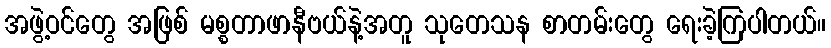
အဖွဲ့ဝင်တွေ အဖြစ် မစ္စတာဖာနီဗယ်နဲ့အတူ သုတေသန စာတမ်းတွေ ရေးခဲ့ကြပါတယ်။